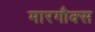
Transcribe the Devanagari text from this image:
मारगौक्स